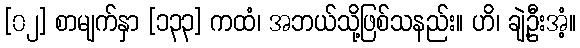
[၀၂] စာမျက်နှာ [၁၃၃] ကထံ၊ အဘယ်သို့ဖြစ်သနည်း။ ဟိ၊ ချဲ့ဦးအံ့။